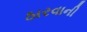
ઠારવાની